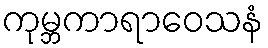
ကုမ္ဘကာရာဝေသနံ